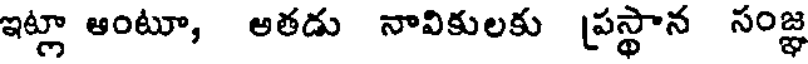
ఇట్లా ఆంటూ, అతడు నావికులకు (పస్థాన సంజ్ఞ